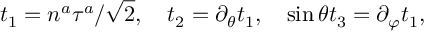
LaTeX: t _ { 1 } = n ^ { a } \tau ^ { a } / \sqrt { 2 } , \quad t _ { 2 } = \partial _ { \theta } t _ { 1 } , \quad \sin \theta t _ { 3 } = \partial _ { \varphi } t _ { 1 } ,